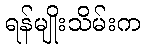
ရန်မျိုးသိမ်းက